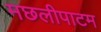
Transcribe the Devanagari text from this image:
मछलीपाटम